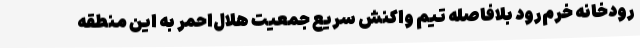
رودخانه خرم‌رود بلافاصله ‌تیم واکنش سریع جمعیت هلال‌احمر به این منطقه